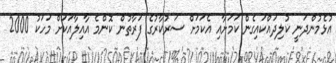
އުޅެމުންދަނީ ކުލިދައްކައިގެން ކަމަށާއި އެކަމަށް ސަރުކާރުގެ ފަރާތުން ކޮންމެ އާއިލާއަކަށް މަހަކު 2000